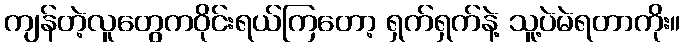
ကျန်တဲ့လူတွေကဝိုင်းရယ်ကြတော့ ရှက်ရှက်နဲ့ သူ့ပဲမဲရတာကိုး။